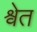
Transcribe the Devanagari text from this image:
श्र्वेत